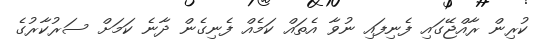
ކުރިން ރާއްޖޭގައި ފެނިފައި ނުވާ އެތައް ކަމެއް ފެނިގެން ދާނެ ކަމަށް ސަރުކާރުގެ